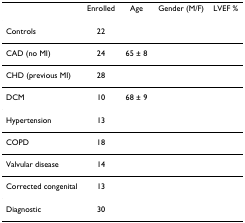
<table><thead><tr><td>[EMPTY_CELL]</td><td><b>Enrolled</b></td><td><b>Age</b></td><td><b>Gender (M/F)</b></td><td><b>LVEF %</b></td></tr></thead><tbody><tr><td>Controls</td><td>22</td><td>[EMPTY_CELL]</td><td>[EMPTY_CELL]</td><td>[EMPTY_CELL]</td></tr><tr><td>CAD (no MI)</td><td>24</td><td>65 ± 8</td><td>[EMPTY_CELL]</td><td>[EMPTY_CELL]</td></tr><tr><td>CHD (previous MI)</td><td>28</td><td>[EMPTY_CELL]</td><td>[EMPTY_CELL]</td><td>[EMPTY_CELL]</td></tr><tr><td>DCM</td><td>10</td><td>68 ± 9</td><td>[EMPTY_CELL]</td><td>[EMPTY_CELL]</td></tr><tr><td>Hypertension</td><td>13</td><td>[EMPTY_CELL]</td><td>[EMPTY_CELL]</td><td>[EMPTY_CELL]</td></tr><tr><td>COPD</td><td>18</td><td>[EMPTY_CELL]</td><td>[EMPTY_CELL]</td><td>[EMPTY_CELL]</td></tr><tr><td>Valvular disease</td><td>14</td><td>[EMPTY_CELL]</td><td>[EMPTY_CELL]</td><td>[EMPTY_CELL]</td></tr><tr><td>Corrected congenital</td><td>13</td><td>[EMPTY_CELL]</td><td>[EMPTY_CELL]</td><td>[EMPTY_CELL]</td></tr><tr><td>Diagnostic</td><td>30</td><td>[EMPTY_CELL]</td><td>[EMPTY_CELL]</td><td>[EMPTY_CELL]</td></tr></tbody></table>